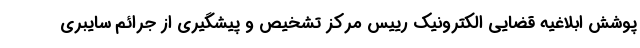
پوشش ابلاغیه قضایی الکترونیک رییس مرکز تشخیص و پیشگیری از جرائم سایبری